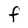
Character: f